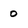
Character: 0